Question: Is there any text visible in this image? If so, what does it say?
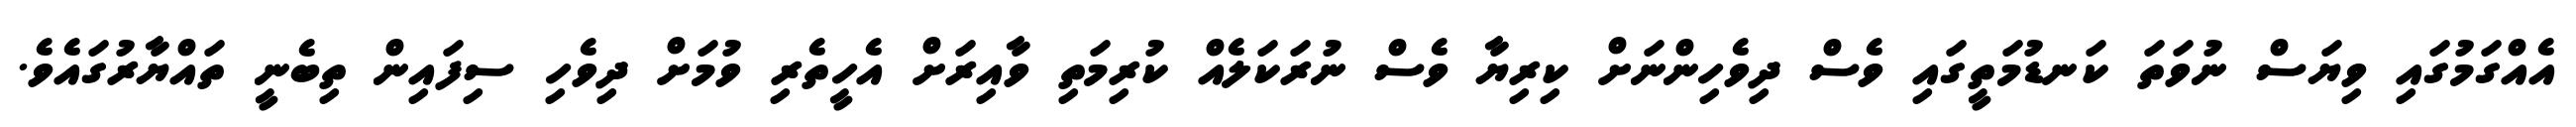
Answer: އެއްގަމުގައި ވިޔަސް ނުވަތަ ކަނޑުމަތީގައި ވެސް ދިވެހިންނަށް ކިރިޔާ ވެސް ނުރަކަލެއް ކުރިމަތި ވާއިރަށް އެހީތެރި ވުމަށް ދިވެހި ސިފައިން ތިބެނީ ތައްޔާރުގައެވެ.